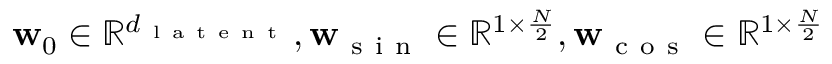
\mathbf { w } _ { 0 } \in \mathbb { R } ^ { d _ { \mathrm { ~ l ~ a ~ t ~ e ~ n ~ t ~ } } } , \mathbf { w } _ { \mathrm { ~ s ~ i ~ n ~ } } \in \mathbb { R } ^ { 1 \times { \frac { N } { 2 } } } , \mathbf { w } _ { \mathrm { ~ c ~ o ~ s ~ } } \in \mathbb { R } ^ { 1 \times \frac { N } { 2 } }